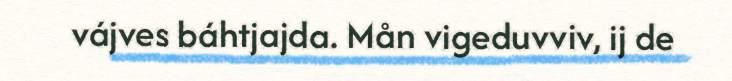
vájves báhtjajda. Mån vigeduvviv, ij de